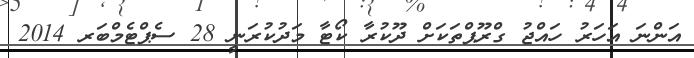
އަންނަ އަހަރު ހައްޖުު ގްރޫޕްތަކަށް ދޫކުރާ ކޯޓާ މަދުކުރަނީ 28 ސެޕްޓެމްބަރ 2014